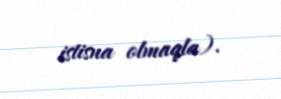
istisna olmaqla).